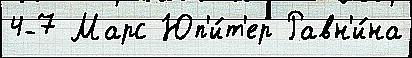
4-7 Марс Юп'и́т'ер Равн'и́на